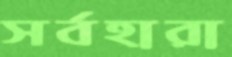
সর্বহারা